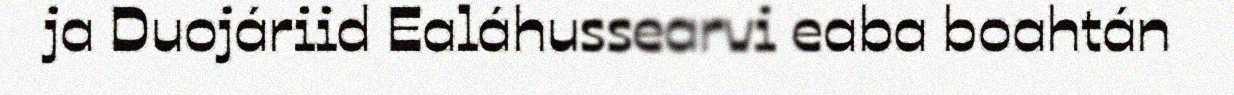
ja Duojáriid Ealáhussearvi eaba boahtán